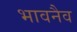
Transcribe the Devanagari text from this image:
भावनैव